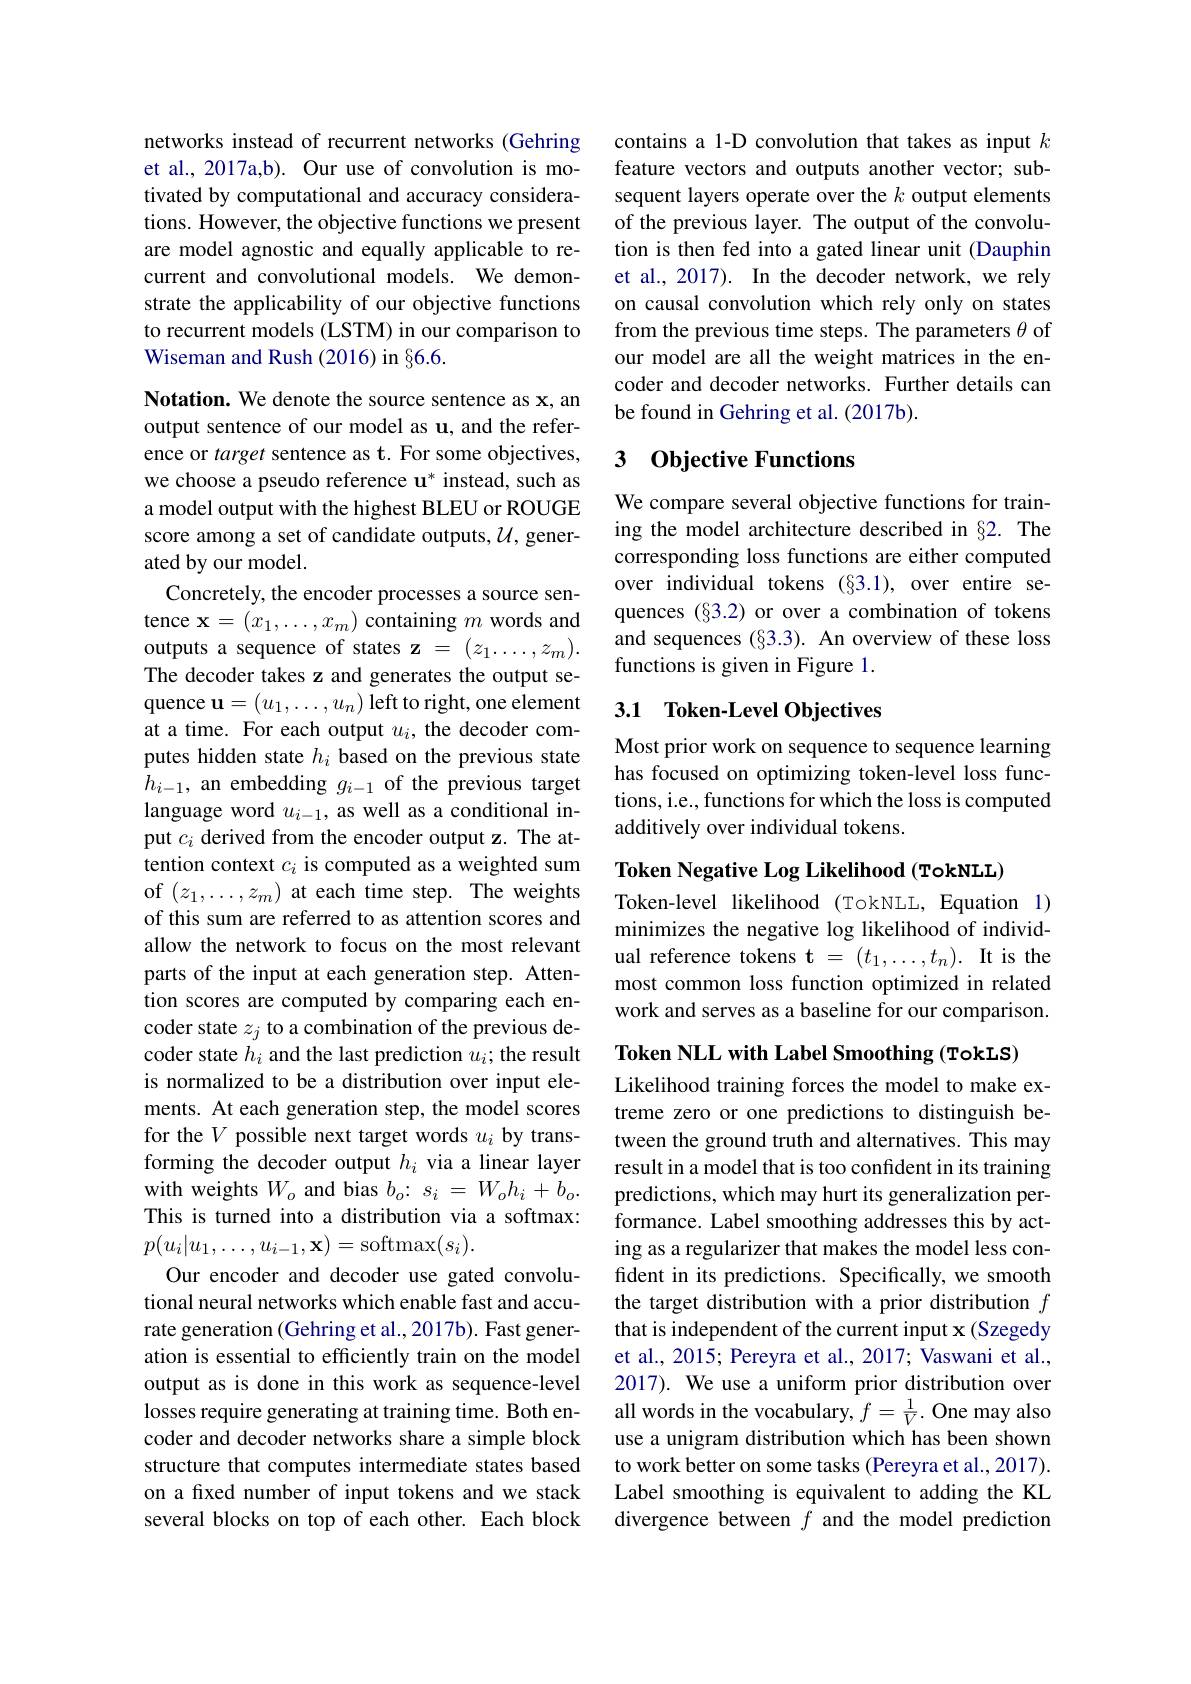
networks instead of recurrent networks (Gehring et al., 2017a,b). Our use of convolution is motivated by computational and accuracy considerations. However, the objective functions we present are model agnostic and equally applicable to recurrent and convolutional models. We demonstrate the applicability of our objective functions to recurrent models (LSTM) in our comparison to Wiseman and Rush (2016) in $\S6.6.$

Notation. We denote the source sentence as x, an output sentence of our model as u, and the reference or target sentence as t. For some objectives, we choose a pseudo reference u* instead, such as a model output with the highest BLEU or ROUGE score among a set of candidate outputs, $\mathcal{U}$, generated by our model.
Concretely, the encoder processes a source sentence $\mathbf{x}=(x_1,\ldots,x_m)$ containing $m$ words and outputs a sequence of states z = $(z_1\ldots,z_m).$ The decoder takes z and generates the output sequence $\mathbf{u}=(u_1,\ldots,u_n)$ left to right, one element at a time. For each output $u_i$, the decoder computes hidden state $h_i$ based on the previous state $h_{i-1}$, an embedding $g_i-1$ of the previous target language word $u_{i-1}$, as well as a conditional input $c_i$ derived from the encoder output z. The attention context $c_i$ is computed as a weighted sum of $(z_1,\ldots,z_m)$ at each time step. The weights of this sum are referred to as attention scores and allow the network to focus on the most relevant parts of the input at each generation step. Attention scores are computed by comparing each encoder state $z_j$ to a combination of the previous decoder state $h_i$ and the last prediction $u_i;$ the result is normalized to be a distribution over input elements. At each generation step, the model scores for the $V$ possible next target words $u_i$ by transforming the decoder output $h_i$ via a linear layer with weights $W_o$ and bias $b_o{:}~s_i=W_oh_i+b_o.$ This is turned into a distribution via a softmax: $p(u_i|u_1,\ldots,u_{i-1},\mathbf{x})=$softmax$(s_i).$
Our encoder and decoder use gated convolutional neural networks which enable fast and accurate generation (Gehring et al., 2017b). Fast generation is essential to efficiently train on the model output as is done in this work as sequence-level losses require generating at training time. Both encoder and decoder networks share a simple block structure that computes intermediate states based on a fxed number of input tokens and we stack several blocks on top of each other. Each block

contains a 1-D convolution that takes as input $k$ feature vectors and outputs another vector; subsequent layers operate over the $k$ output elements of the previous layer. The output of the convolution is then fed into a gated linear unit (Dauphin et al., 2017). In the decoder network, we rely on causal convolution which rely only on states from the previous time steps. The parameters $\theta$ of our model are all the weight matrices in the encoder and decoder networks. Further details can be found in Gehring et al. (2017b).

### 3 0bjective Functions

We compare several objective functions for training the model architecture described in §2. The corresponding loss functions are either computed over individual tokens (§3.1), over entire sequences (§3.2) or over a combination of tokens and sequences (§3.3). An overview of these loss functions is given in Figure 1.

## 3.1 Token-Level Objectives

Most prior work on sequence to sequence learning has focused on optimizing token-level loss functions, i.e., functions for which the loss is computed additively over individual tokens.

Token Negative Log Likelihood (TokNLL)

Token-level likelihood (TokNLL, Equation 1)

minimizes the negative log likelihood of individual reference tokens $\mathbf{t} = ( t_1, \ldots , t_n) . \textbf{It is the}$ most common loss function optimized in related work and serves as a baseline for our comparison.

Token NLL with Label Smoothing (TokLS)

Likelihood training forces the model to make extreme zero or one predictions to distinguish between the ground truth and alternatives. This may result in a model that is too confident in its training predictions, which may hurt its generalization performance. Label smoothing addresses this by acting as a regularizer that makes the model less confdent in its predictions. Specifically, we smooth the target distribution with a prior distribution $f$ that is independent of the current input x (Szegedy et al., 2015; Pereyra et al., 2017; Vaswani et al., 2017). We use a uniform prior distribution over all words in the vocabulary, $f=\frac{1}{V}.$ One may also use a unigram distribution which has been shown to work better on some tasks (Pereyra et al., 2017). Label smoothing is equivalent to adding the KL divergence between $f$ and the model prediction